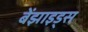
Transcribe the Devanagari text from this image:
बेंझाइड्स